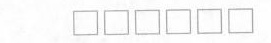
□□□□□□